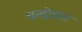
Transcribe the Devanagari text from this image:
चन्द्रोन्नत